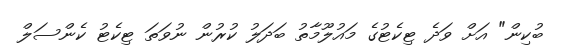
ބުކިން" އަށް ވަދެ ޓިކެޓުގެ މައުލޫމާތު ބަދަލު ކުރުން ނުވަތަ ޓިކެޓު ކެންސަލް